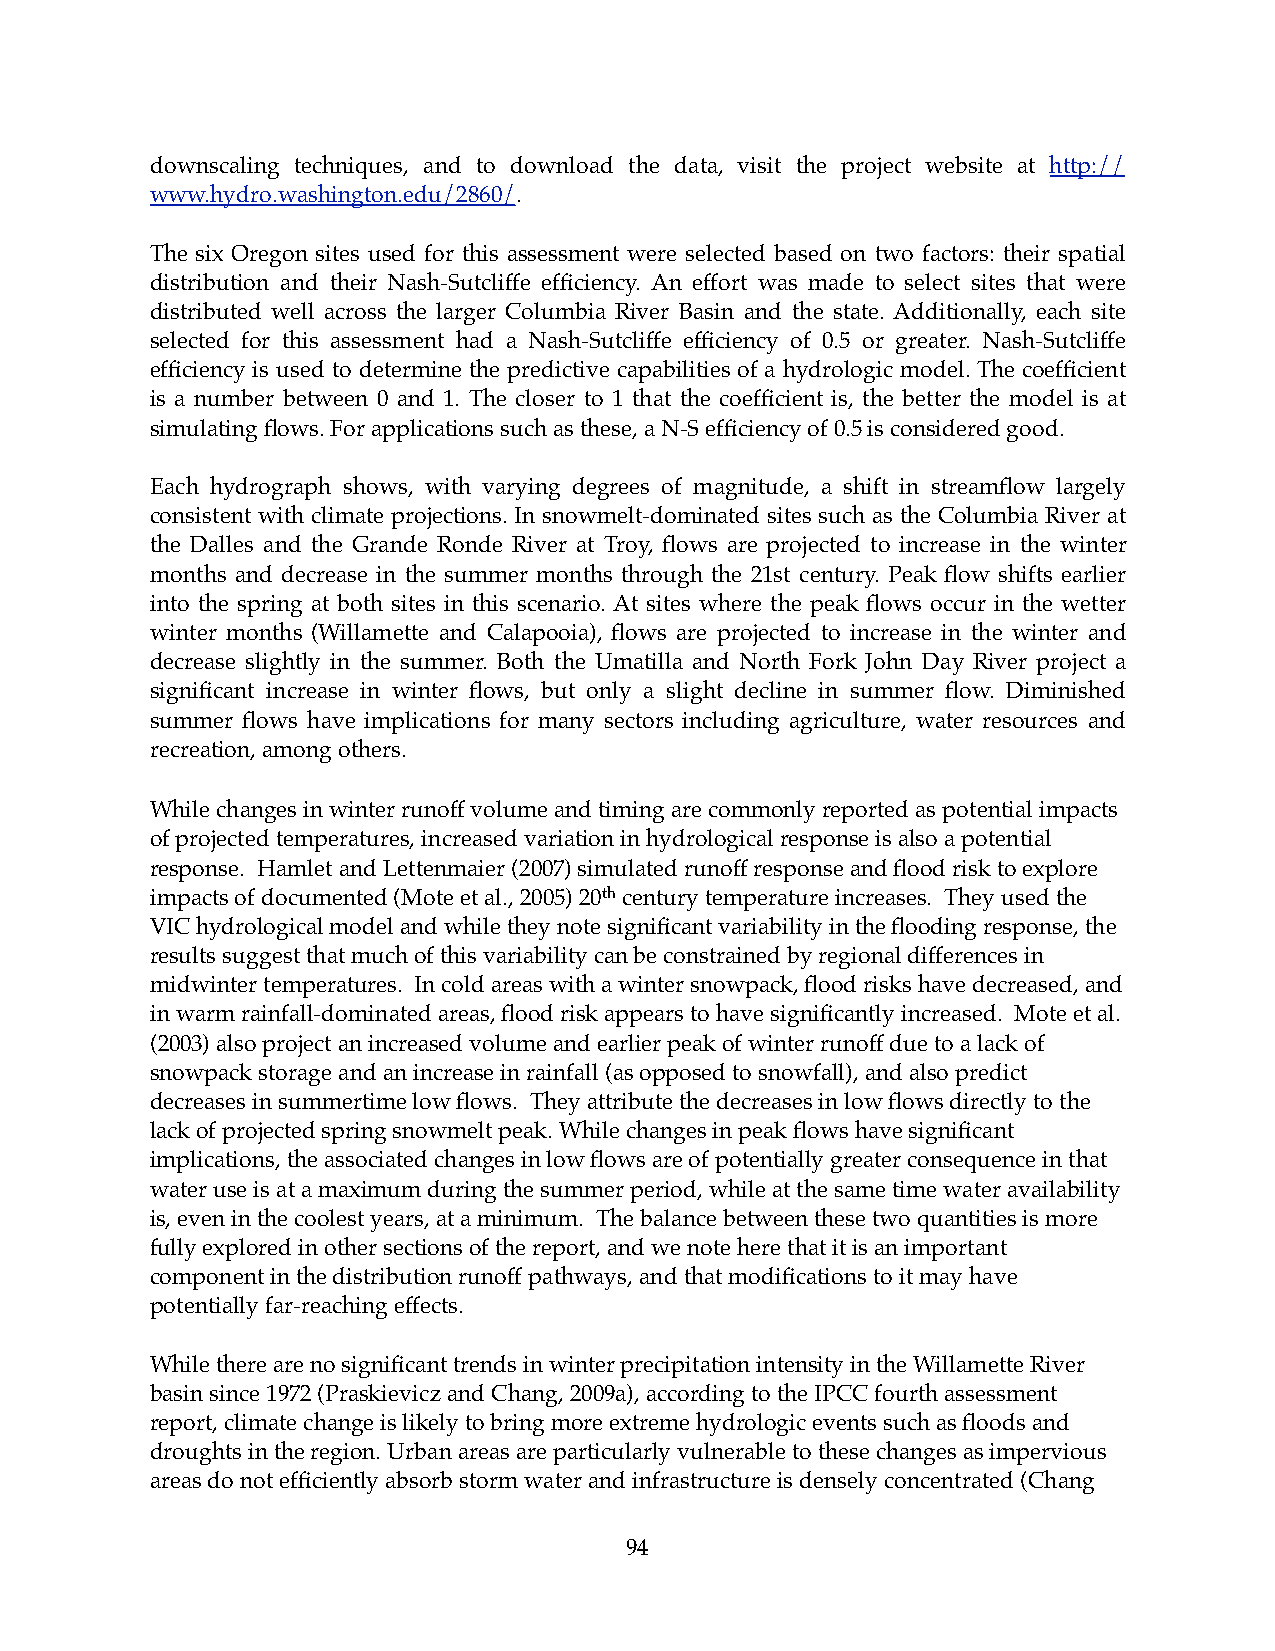
downscaling techniques, and to download the data, visit the project website at http://
 www.hydro.washington.edu/2860/.
 The six Oregon sites used for this assessment were selected based on two factors: their spatial
 distribution and their Nash-Sutcliffe efficiency. An effort was made to select sites that were
 distributed well across the larger Columbia River Basin and the state. Additionally, each site
 selected for this assessment had a Nash-Sutcliffe efficiency of 0.5 or greater. Nash-Sutcliffe
 efficiency is used to determine the predictive capabilities of a hydrologic model. The coefficient
 is a number between 0 and 1. The closer to 1 that the coefficient is, the better the model is at
 simulating flows. For applications such as these, a N-S efficiency of 0.5 is considered good.
 Each hydrograph shows, with varying degrees of magnitude, a shift in streamflow largely
 consistent with climate projections. In snowmelt-dominated sites such as the Columbia River at
 the Dalles and the Grande Ronde River at Troy, flows are projected to increase in the winter
 months and decrease in the summer months through the 21st century. Peak flow shifts earlier
 into the spring at both sites in this scenario. At sites where the peak flows occur in the wetter
 winter months (Willamette and Calapooia), flows are projected to increase in the winter and
 decrease slightly in the summer. Both the Umatilla and North Fork John Day River project a
 significant increase in winter flows, but only a slight decline in summer flow. Diminished
 summer flows have implications for many sectors including agriculture, water resources and
 recreation, among others.
 While changes in winter runoff volume and timing are commonly reported as potential impacts
 of projected temperatures, increased variation in hydrological response is also a potential
 response. Hamlet and Lettenmaier (2007) simulated runoff response and flood risk to explore
 impacts of documented (Mote et al., 2005) 20th century temperature increases. They used the
 VIC hydrological model and while they note significant variability in the flooding response, the
 results suggest that much of this variability can be constrained by regional differences in
 midwinter temperatures. In cold areas with a winter snowpack, flood risks have decreased, and
 in warm rainfall-dominated areas, flood risk appears to have significantly increased. Mote et al.
 (2003) also project an increased volume and earlier peak of winter runoff due to a lack of
 snowpack storage and an increase in rainfall (as opposed to snowfall), and also predict
 decreases in summertime low flows. They attribute the decreases in low flows directly to the
 lack of projected spring snowmelt peak. While changes in peak flows have significant
 implications, the associated changes in low flows are of potentially greater consequence in that
 water use is at a maximum during the summer period, while at the same time water availability
 is, even in the coolest years, at a minimum. The balance between these two quantities is more
 fully explored in other sections of the report, and we note here that it is an important
 component in the distribution runoff pathways, and that modifications to it may have
 potentially far-reaching effects.
 While there are no significant trends in winter precipitation intensity in the Willamette River
 basin since 1972 (Praskievicz and Chang, 2009a), according to the IPCC fourth assessment
 report, climate change is likely to bring more extreme hydrologic events such as floods and
 droughts in the region. Urban areas are particularly vulnerable to these changes as impervious
 areas do not efficiently absorb storm water and infrastructure is densely concentrated (Chang
 94